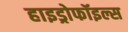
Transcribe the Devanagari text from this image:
हाइड्रोफॉइल्स